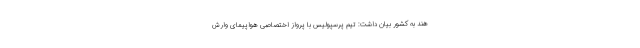
هند به کشور بیان داشت: تیم پرسپولیس با پرواز اختصاصی هواپیمای وارش